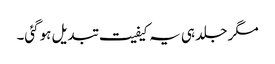
مگر جلد ہی یہ کیفیت تبدیل ہوگئی۔